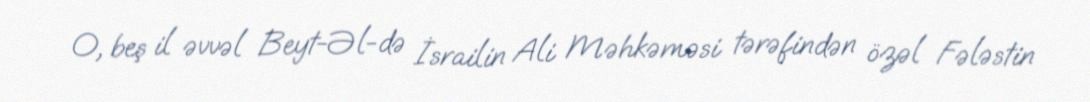
O, beş il əvvəl Beyt-Əl-də İsrailin Ali Məhkəməsi tərəfindən özəl Fələstin